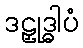
ဒဠှုဒ္ဓါပံ